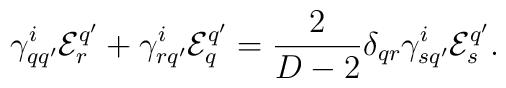
\gamma^{i}_{qq'}{\cal E}_{r}^{q'}+\gamma^{i}_{rq'}{\cal E}_{q}^{q'}={2\over{D-2}}\delta_{q r}\gamma^{i}_{sq'}{\cal E}_{s}^{q'}.